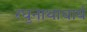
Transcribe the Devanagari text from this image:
रघुनाथाचार्य